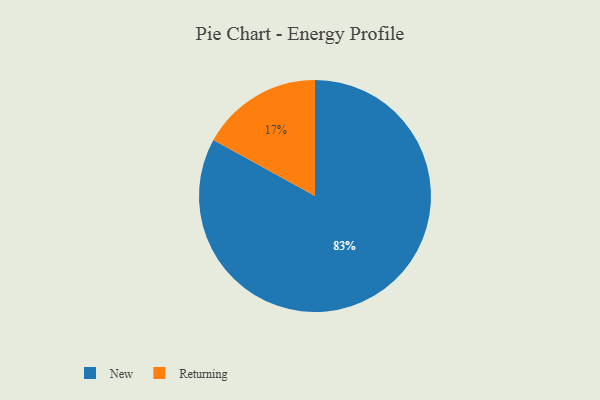
{"axis": {"x": "Category", "y": "Percentage"}, "legend": ["New", "Returning"], "data": [{"x": "New", "y": 83, "type": "New"}, {"x": "Returning", "y": 17, "type": "Returning"}]}